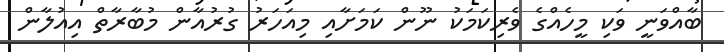
ބާއްވަނީ ވަކި މީހެއްގެ ވެރިކަމަކު ނޫން ކަމަށާއި މިއަހަރު ގުރުއާން މުބާރާތް އިއުލާން